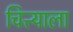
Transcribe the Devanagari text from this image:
चित्त्याला